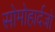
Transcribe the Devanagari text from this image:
सोमोहार्दजो